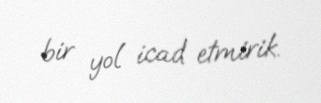
bir yol icad etmirik.